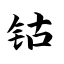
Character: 钴